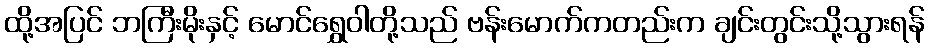
ထို့အပြင် ဘကြီးမိုးနှင့် မောင်ရွှေဝါတို့သည် ဗန်းမောက်ကတည်းက ချင်းတွင်းသို့သွားရန်